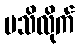
မသိလိုက်